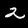
Digit: 2